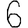
Digit: 6